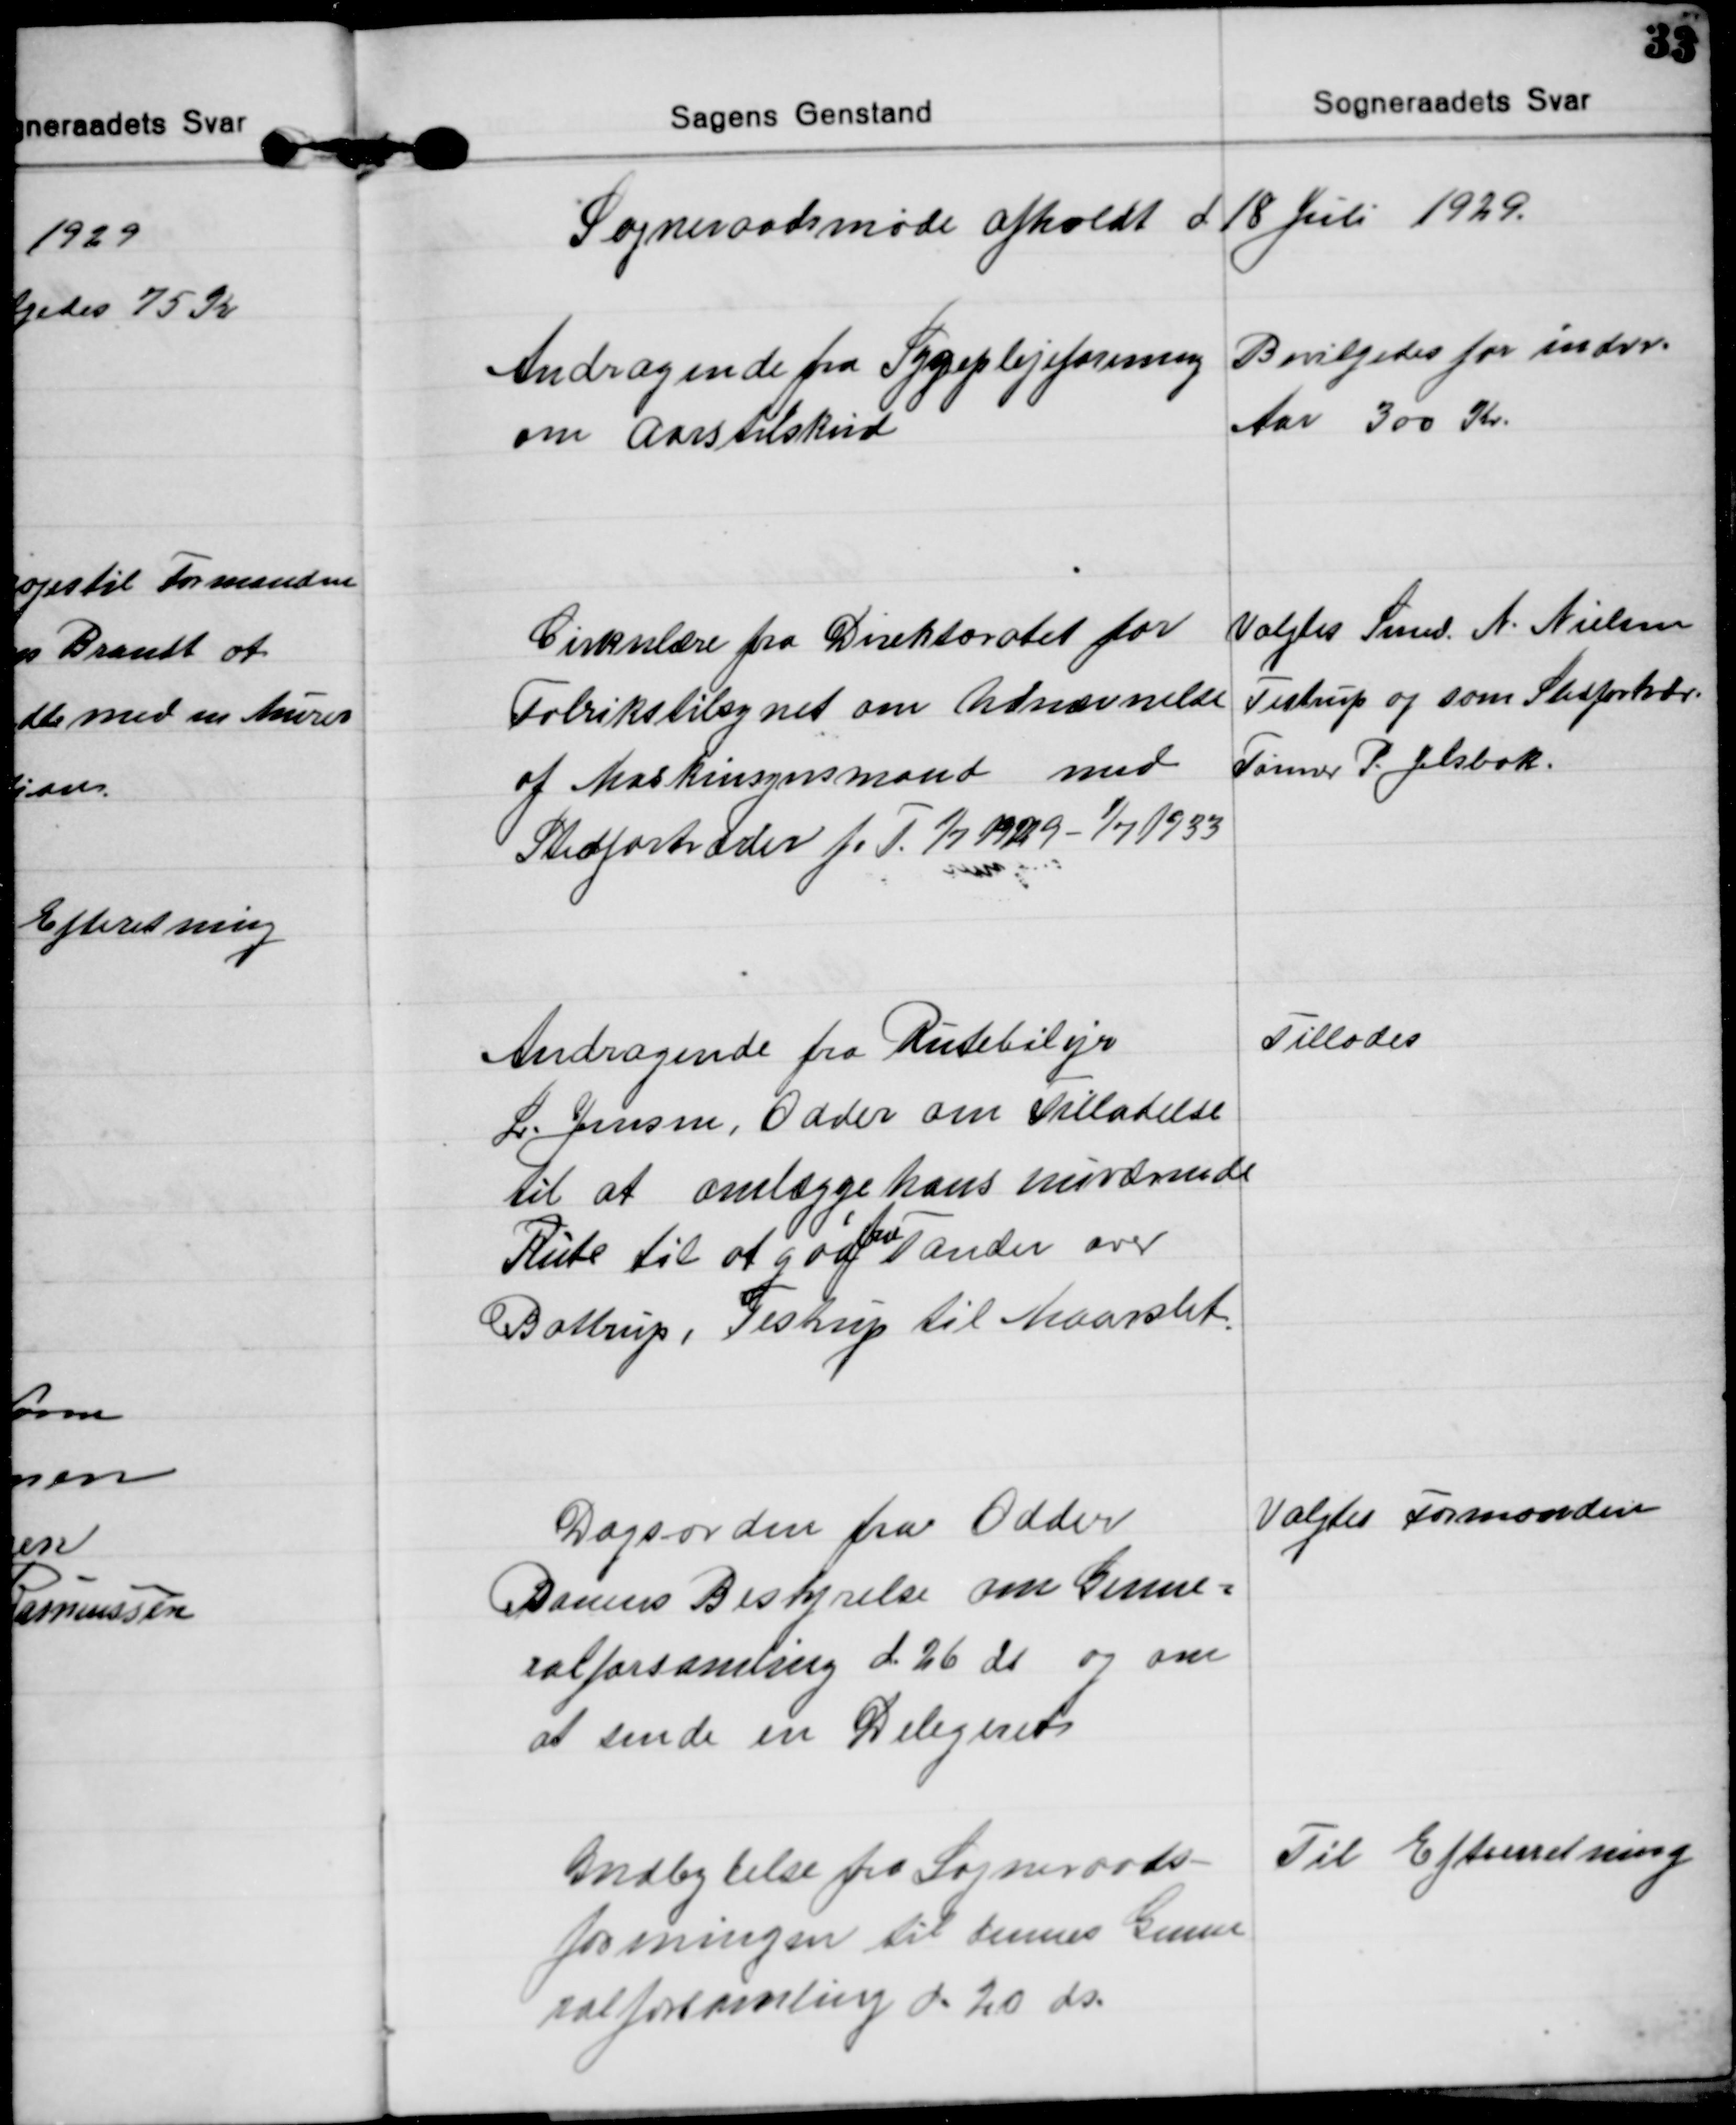
Transskription:
Sogneraadsmøde afholdt d 18 Juli 1929.

Andragende fra Sygeplejeforening
om Aarstilskud
Bevilgedes for indev.
Aar 300 Kr.

Cirkulære fra Direktoratet for
Fabrikstilsynet om Udnævnelse
af Maskinsynsmand med
Stedfortræder f. T. 1/7 1929 - 1/7 1933
Valgtes Smed. A. Nielsen
Testrup og som Stedfortrædr.
Tømrer P. Jelsbak.

Andragende fra Rutebilejer
L. Jensen, Odder om Tilladelse
til at omlægge hans nuværende
Rute til at gaa 
fra
Tander over
Battrup, Testrup til Maarslet.
Tillodes

Dagsorden fra Odder
Banens Bestyrelse om Genne=
ralforsamling d 26 ds og om
at sende en Delegeret
Valgtes Formanden

Indbydelse fra Sogneraads-
foreningen til dennes Genne
ralforsamling d. 20 ds.
Til Efterretning